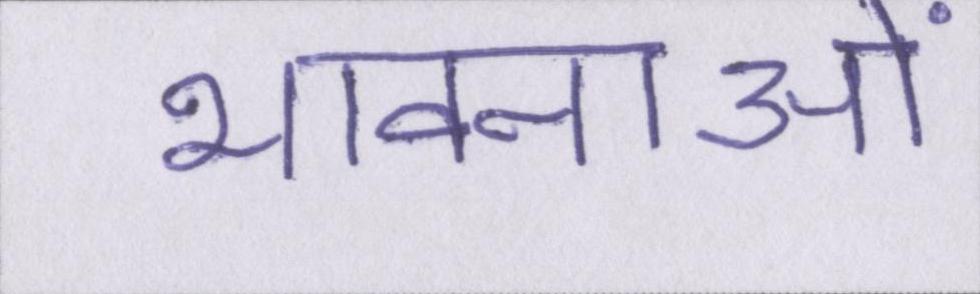
भावनाओं